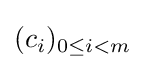
(c_{i})_{0\leq i<m}